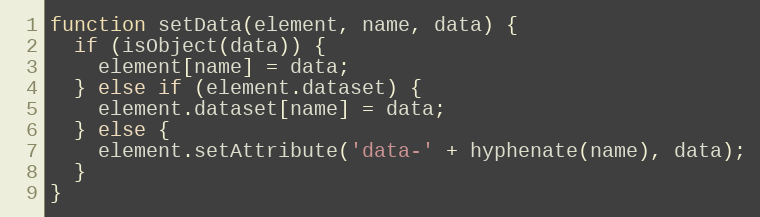
Language: JavaScript
function setData(element, name, data) {
  if (isObject(data)) {
    element[name] = data;
  } else if (element.dataset) {
    element.dataset[name] = data;
  } else {
    element.setAttribute('data-' + hyphenate(name), data);
  }
}